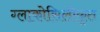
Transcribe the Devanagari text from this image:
ग्लाकोसिलीकृत